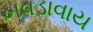
ખવડાવાય